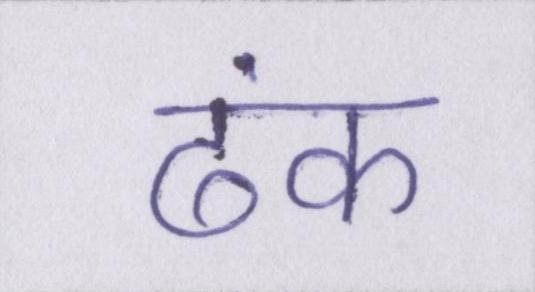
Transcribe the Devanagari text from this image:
ढंक